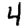
Digit: 4